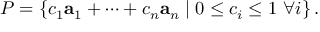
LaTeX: P = \left\{ c _ { 1 } \mathbf { a } _ { 1 } + \cdots + c _ { n } \mathbf { a } _ { n } \mid 0 \leq c _ { i } \leq 1 \ \forall i \right\} .